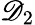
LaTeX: \mathscr{D}_{2}